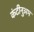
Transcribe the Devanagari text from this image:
कंटीनुअम